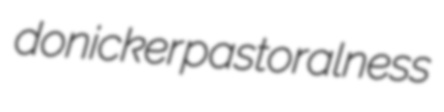
donicker pastoralness